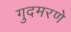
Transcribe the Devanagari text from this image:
गुदमरणे